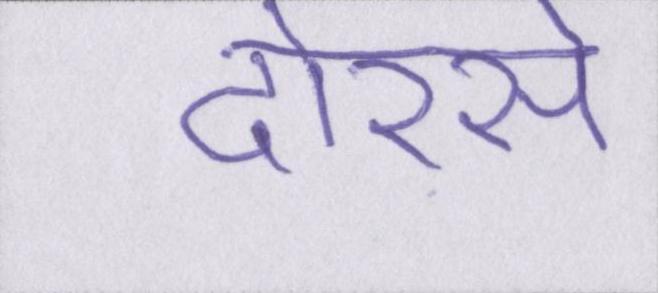
दोरसे